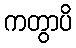
ကတွာပိ